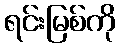
ရင်းမြစ်ကို